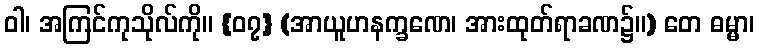
ဝါ၊ အကြင်ကုသိုလ်ကို။ {၀၇} (အာယူဟနက္ခဏေ၊ အားထုတ်ရာခဏ၌။) တေ ဓမ္မာ၊